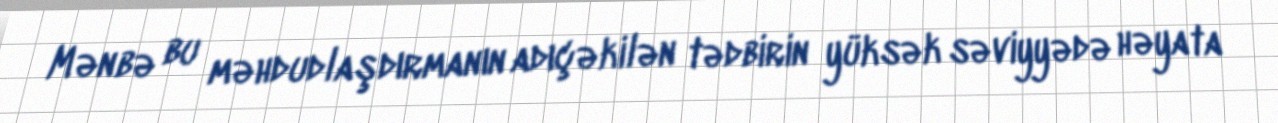
Mənbə bu məhdudlaşdırmanın adıçəkilən tədbirin yüksək səviyyədə həyata